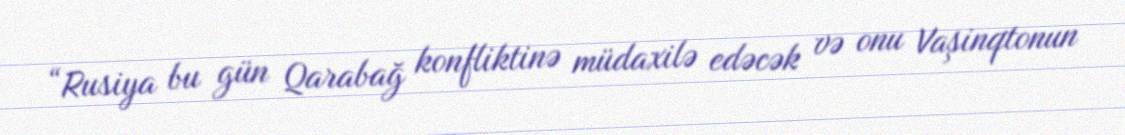
“Rusiya bu gün Qarabağ konfliktinə müdaxilə edəcək və onu Vaşinqtonun